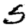
Digit: 5